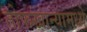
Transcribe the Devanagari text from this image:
तोफखान्यामध्ये